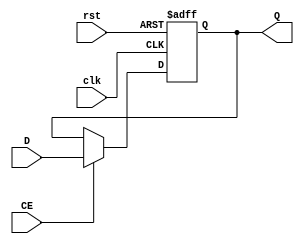
`timescale 1ns / 1ps
//////////////////////////////////////////////////////////////////////////////////
// Company: 
// Engineer: 
// 
// Design Name: 
// Module Name:    REG32 
// Project Name: 
// Target Devices: 
// Tool versions: 
// Description: 
//
// Dependencies: 
//
// Revision: 
// Revision 0.01 - File Created
// Additional Comments: 
//
//////////////////////////////////////////////////////////////////////////////////
module REG32(
    input clk,
    input rst,
    input CE,
    input [31:0] D,
    output reg [31:0] Q
    );
always @(posedge clk or posedge rst) begin
    if (rst) Q <= 32'b0;
    else if (CE) begin
        Q <= D;
    end
end

endmodule